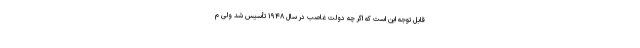
قابل توجّه این است که اگر چه دولت غاصب در سال ۱۹۴۸ تأسیس شد ولی م